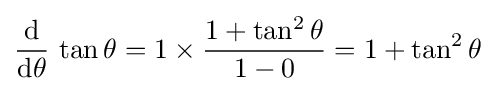
{\frac {\operatorname {d} }{\operatorname {d} \!\theta }}\,\tan \theta =1\times {\frac {1+\tan ^{2}\theta }{1-0}}=1+\tan ^{2}\theta